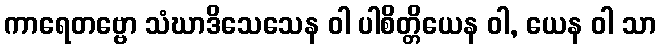
ကာရေတဗ္ဗော သံဃာဒိသေသေန ဝါ ပါစိတ္တိယေန ဝါ, ယေန ဝါ သာ